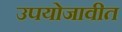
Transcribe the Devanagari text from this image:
उपयोजावीत